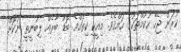
ކުރަން ޖެހޭ ހުކުމްތަކުގެ ހައްޤެވެ. މިއީކީ ކިތައްމެ ބޮޑު ބާރެއް ލިބުނީތީ ނުކޮށް